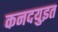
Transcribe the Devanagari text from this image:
कनदयुइत